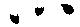
心